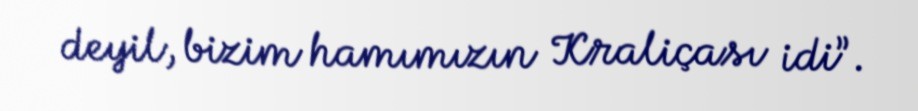
deyil, bizim hamımızın Kraliçası idi”.